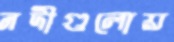
নদীগুলোয়